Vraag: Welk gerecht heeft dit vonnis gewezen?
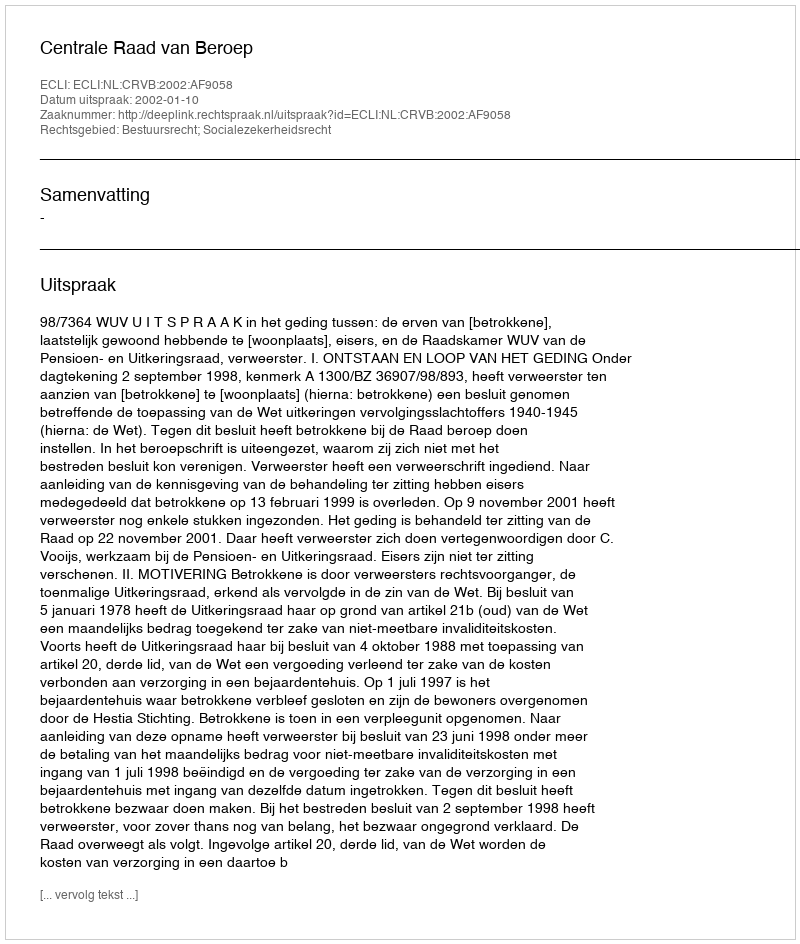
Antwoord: Centrale Raad van Beroep